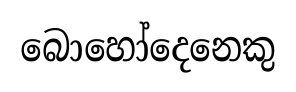
බොහෝදෙනෙකු